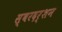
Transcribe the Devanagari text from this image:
स्वरदर्शन